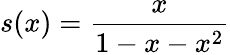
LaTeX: s(x)={\frac{x}{1-x-x^{2}}}